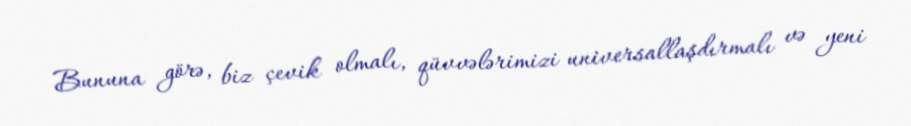
Bununa görə, biz çevik olmalı, qüvvələrimizi universallaşdırmalı və yeni